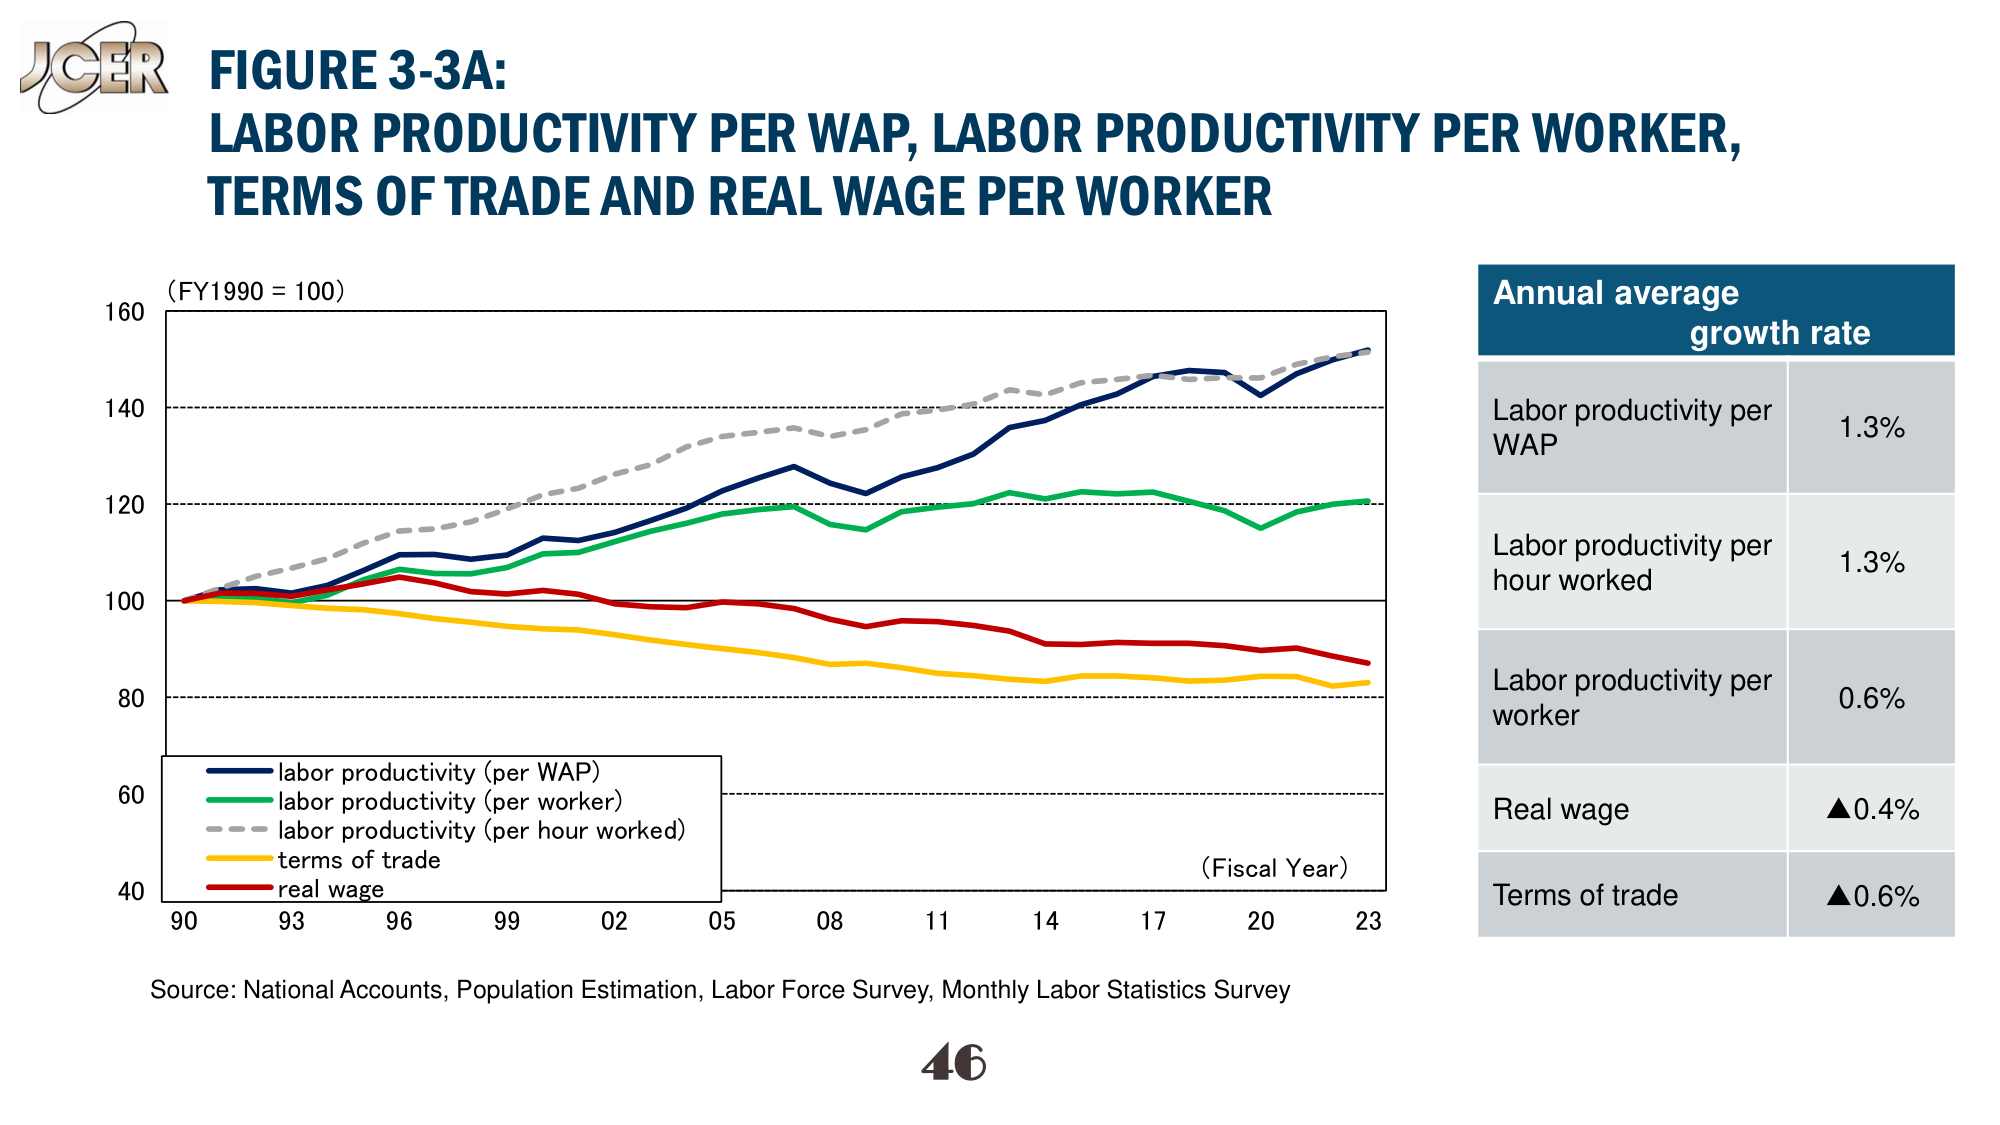
JGER
FIGURE 3-3A:
LABOR PRODUCTIVITY PER WAP, LABOR PRODUCTIVITY PER WORKER,
TERMS OF TRADE AND REAL WAGE PER WORKER
(FY1990 = 100)
160
140
120
100
80
60
40
90
93
96
99
02
05
08
11
14
17
20
23
(Fiscal Year)
labor productivity (per WAP)
labor productivity (per worker)
labor productivity (per hour worked)
terms of trade
real wage
Source: National Accounts, Population Estimation, Labor Force Survey, Monthly Labor Statistics Survey
46
Annual average
growth rate
Labor productivity per
WAP
1.3%
Labor productivity per
hour worked
1.3%
Labor productivity per
worker
0.6%
Real wage
▲0.4%
Terms of trade
▲0.6%